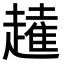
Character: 𧽭